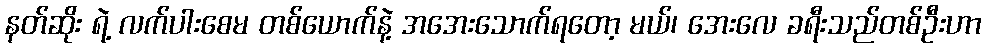
နတ်ဆိုး ရဲ့ လက်ပါးစေမ တစ်ယောက်နဲ့ အအေးသောက်ရတော့ မယ်၊ အေးလေ ခရီးသည်တစ်ဦးဟာ